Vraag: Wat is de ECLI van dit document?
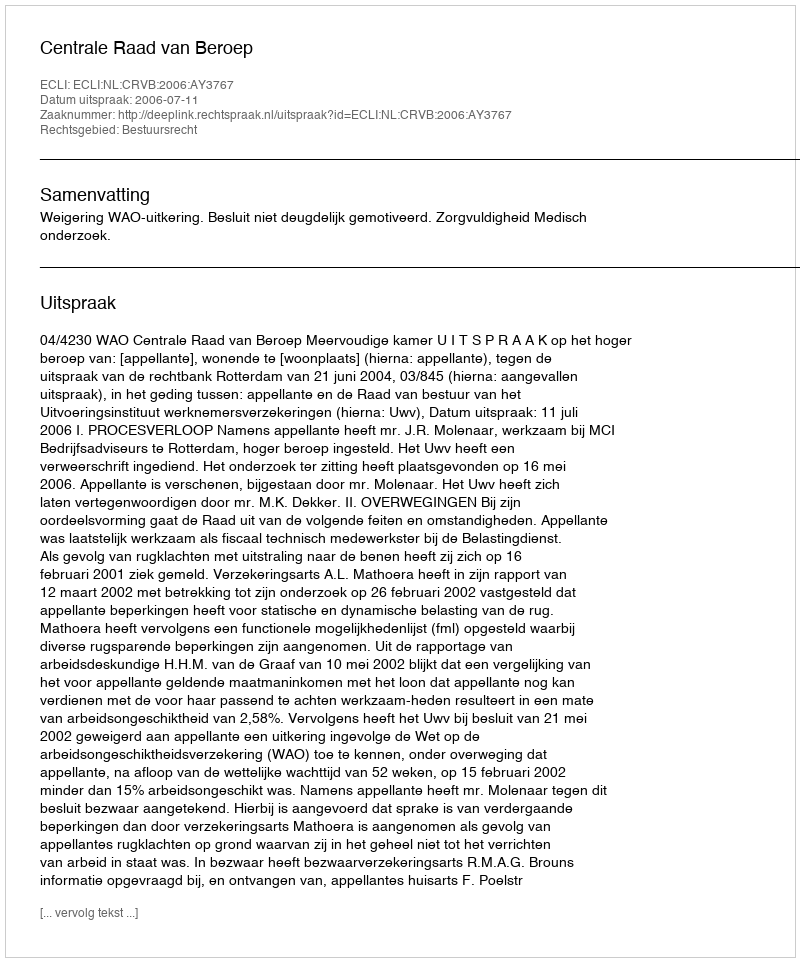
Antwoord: ECLI:NL:CRVB:2006:AY3767